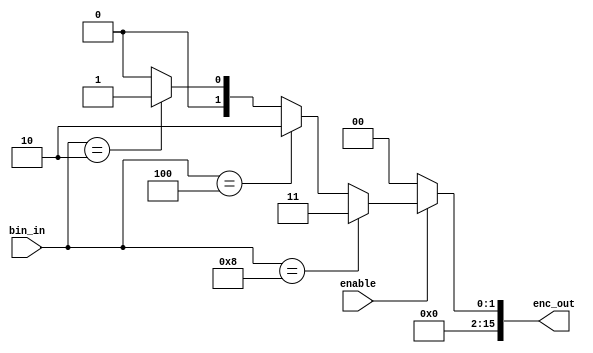
//-------------------------------------------------------------------------
// Design     : encoder_1
// Descrition : parameterized encoder
// Revision   : 1.0
//-------------------------------------------------------------------------
module  encoder_1
#(
  parameter BIN_WIDTH = 4            // Binary width
)
(
  input [BIN_WIDTH-1:0]         bin_in, // Binary input
  input                         enable, // enable signal
  output reg [2**BIN_WIDTH-1:0] enc_out // Encoded output
);

  integer i;

always @ (enable or bin_in )
begin
  enc_out = 0;
  if (enable) begin
    for (i=0; i < BIN_WIDTH; i=i+1) begin
      if (bin_in == 2**i)
        enc_out <= i;
    end
  end
end

endmodule